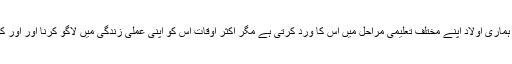
باوجود اس کے کہ ہم اس قانون کو زبانی یاد کرتے ہیں اور ہماری اولاد اپنے مختلف تعلیمی مراحل میں اس کا ورد کرتی ہے مگر اکثر اوقات اس کو اپنی عملی زندگی میں لاگو کرنا اور اور کو حقیقیت کی دنیا میں نافذ کرنا ہمارے لئے مشکل ہوتا ہے ۔